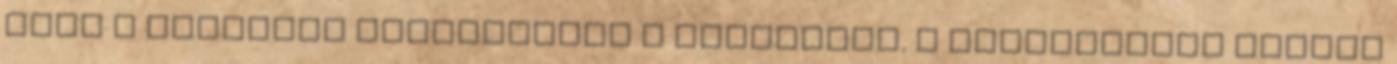
mind a kettőnek megtaláltuk a holtestét. A halottaknak ástunk